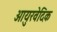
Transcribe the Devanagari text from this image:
आयुरवेदिक